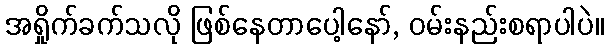
အရှိုက်ခက်သလို ဖြစ်နေတာပေါ့နော်, ဝမ်းနည်းစရာပါပဲ။